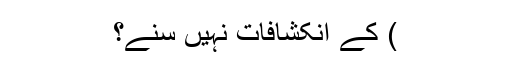
) کے انکشافات نہیں سنے؟